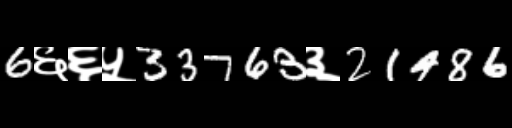
Text: 6६६५33763३21486